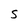
Character: S